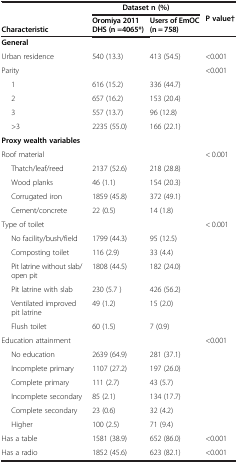
| <ROWSPAN=2> Characteristic | <COLSPAN=2> Dataset n (%) | <ROWSPAN=2> P value† |
 | Oromiya 2011 DHS (n =4065*) | Users of EmOC (n = 758) |
 | --- | --- | --- | --- |
 | General |  |  |  |
 | Urban residence | 540 (13.3) | 413 (54.5) | <0.001 |
 | Parity |  |  | <0.001 |
 | 1 | 616 (15.2) | 336 (44.7) |  |
 | 2 | 657 (16.2) | 153 (20.4) |  |
 | 3 | 557 (13.7) | 96 (12.8) |  |
 | >3 | 2235 (55.0) | 166 (22.1) |  |
 | Proxy wealth variables |  |  |  |
 | Roof material |  |  | < 0.001 |
 | Thatch/leaf/reed | 2137 (52.6) | 218 (28.8) |  |
 | Wood planks | 46 (1.1) | 154 (20.3) |  |
 | Corrugated iron | 1859 (45.8) | 372 (49.1) |  |
 | Cement/concrete | 22 (0.5) | 14 (1.8) |  |
 | Type of toilet |  |  | < 0.001 |
 | No facility/bush/field | 1799 (44.3) | 95 (12.5) |  |
 | Composting toilet | 116 (2.9) | 33 (4.4) |  |
 | Pit latrine without slab/open pit | 1808 (44.5) | 182 (24.0) |  |
 | Pit latrine with slab | 230 (5.7 ) | 426 (56.2) |  |
 | Ventilated improved pit latrine | 49 (1.2) | 15 (2.0) |  |
 | Flush toilet | 60 (1.5) | 7 (0.9) |  |
 | Education attainment |  |  | <0.001 |
 | No education | 2639 (64.9) | 281 (37.1) |  |
 | Incomplete primary | 1107 (27.2) | 197 (26.0) |  |
 | Complete primary | 111 (2.7) | 43 (5.7) |  |
 | Incomplete secondary | 85 (2.1) | 134 (17.7) |  |
 | Complete secondary | 23 (0.6) | 32 (4.2) |  |
 | Higher | 100 (2.5) | 71 (9.4) |  |
 | Has a table | 1581 (38.9) | 652 (86.0) | <0.001 |
 | Has a radio | 1852 (45.6) | 623 (82.1) | <0.001 |